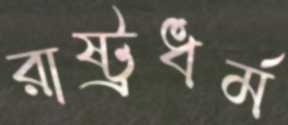
রাষ্ট্রধর্ম